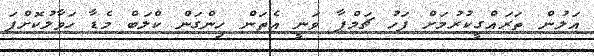
އަލުން ތަރައްގީކުރުމަށް ފަހު ޗަމްޕާ ވަނީ އެތަން ހިންގަން ކްލަބް މެޑާ ހަވާލުކޮށްފަ